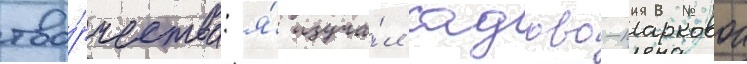
тво́рчества: я́ изуча́л садово-парковои